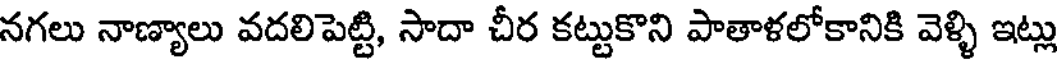
నగలు నాణ్యాలు వదలిపెట్టి, సాదా చీర కట్టుకొని పాతాళలోకానికి వెళ్ళి ఇట్లు